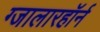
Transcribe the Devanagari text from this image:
ग्जालारहॉर्न